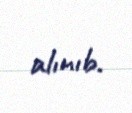
alınıb.